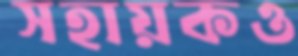
সহায়কও